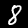
Label: 8